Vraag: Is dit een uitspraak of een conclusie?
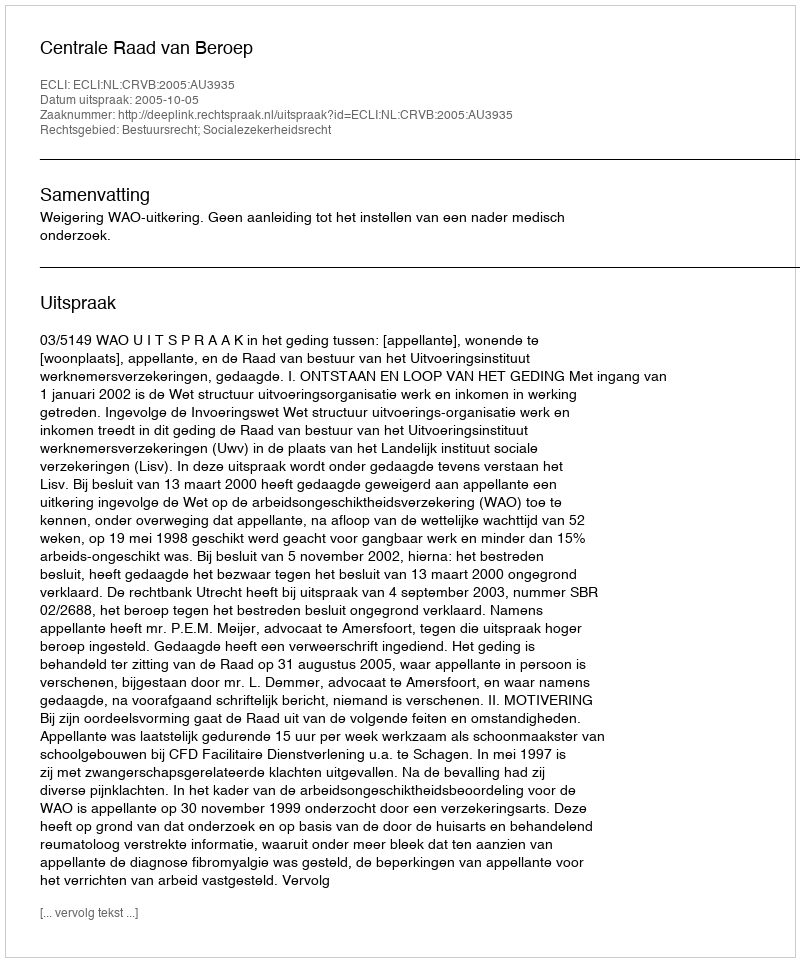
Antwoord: Uitspraak